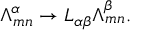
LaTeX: { \Lambda } _ { m n } ^ { \alpha } \rightarrow { \cal L } _ { \alpha \beta } { \Lambda } _ { m n } ^ { \beta } .